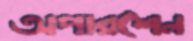
অপারশেন